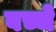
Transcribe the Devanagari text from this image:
बच्चे